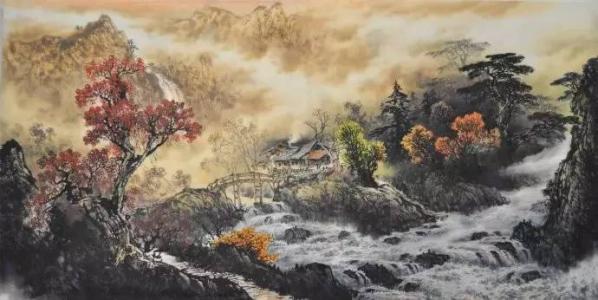
浊酒不销忧国泪，救时应仗出群才。